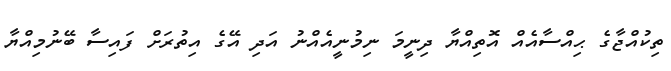
ތިކުއްޖާގެ ޙިއްސާއެއް އޮތިއްޔާ ދިނީމަ ނިމުނީއެއްނު އަދި އޭގެ އިތުރަށް ފައިސާ ބޭނުމިއްޔާ